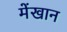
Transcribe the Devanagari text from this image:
मेंखान